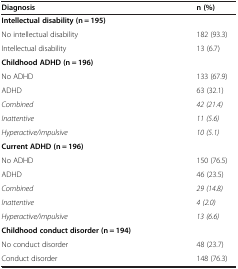
<table><thead><tr><td><b>Diagnosis</b></td><td><b>n (%)</b></td></tr></thead><tbody><tr><td colspan="2"><b>Intellectual disability (n = 195)</b></td></tr><tr><td>No intellectual disability</td><td>182 (93.3)</td></tr><tr><td>Intellectual disability</td><td>13 (6.7)</td></tr><tr><td colspan="2"><b>Childhood ADHD (n = 196)</b></td></tr><tr><td>No ADHD</td><td>133 (67.9)</td></tr><tr><td>ADHD</td><td>63 (32.1)</td></tr><tr><td><i>Combined</i></td><td><i>42 (21.4)</i></td></tr><tr><td><i>Inattentive</i></td><td><i>11 (5.6)</i></td></tr><tr><td><i>Hyperactive/impulsive</i></td><td><i>10 (5.1)</i></td></tr><tr><td colspan="2"><b>Current ADHD (n = 196)</b></td></tr><tr><td>No ADHD</td><td>150 (76.5)</td></tr><tr><td>ADHD</td><td>46 (23.5)</td></tr><tr><td><i>Combined</i></td><td><i>29 (14.8)</i></td></tr><tr><td><i>Inattentive</i></td><td><i>4 (2.0)</i></td></tr><tr><td><i>Hyperactive/impulsive</i></td><td><i>13 (6.6)</i></td></tr><tr><td colspan="2"><b>Childhood conduct disorder (n = 194)</b></td></tr><tr><td>No conduct disorder</td><td>48 (23.7)</td></tr><tr><td>Conduct disorder</td><td>148 (76.3)</td></tr></tbody></table>